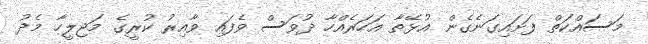
މަސައްކަތް ފަށައިގަނެގެން އުޅޭތާ އަހަރެއްހާ ދުވަސް ވެފައި ވާއިރު ކުރީގެ މަޖިލީހާ މެދު